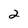
Character: 2